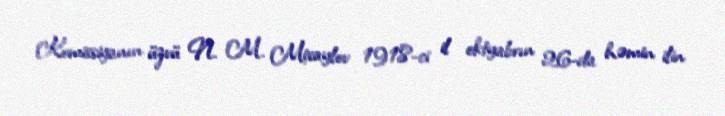
Komissiyanın üzvü N. M. Mixaylov 1918-ci il oktyabrın 26-da həmin ilin